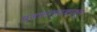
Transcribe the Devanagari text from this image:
प्रजासत्ताकातून